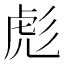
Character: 彪